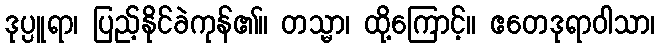
ဒုပ္ပူရာ၊ ပြည့်နိုင်ခဲကုန်၏။ တသ္မာ၊ ထို့ကြောင့်။ ဧတေဒုရာဝါသာ၊